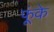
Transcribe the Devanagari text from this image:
फूंके